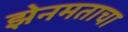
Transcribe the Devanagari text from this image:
झेनमताचा